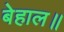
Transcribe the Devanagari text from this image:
बेहाल॥